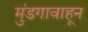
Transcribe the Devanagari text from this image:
मुंडगावाहून